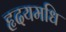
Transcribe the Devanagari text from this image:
हृदयमधि